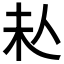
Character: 𠇠